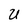
Character: U